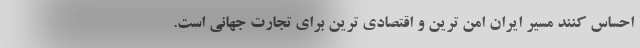
احساس کنند مسیر ایران امن ترین و اقتصادی ترین برای تجارت جهانی است.